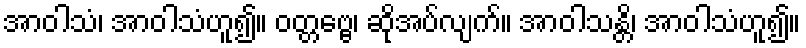
အာဝါသံ၊ အာဝါသံဟူ၍။ ဝတ္တဗ္ဗေ၊ ဆိုအပ်လျက်။ အာဝါသန္တိ၊ အာဝါသံဟူ၍။